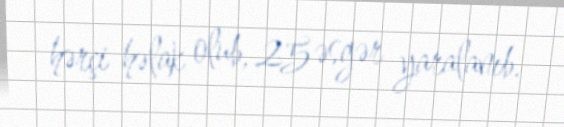
hərçi həlak olub, 25 əsgər yaralanıb.